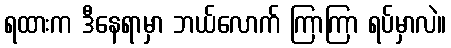
ရထားက ဒီနေရာမှာ ဘယ်လောက် ကြာကြာ ရပ်မှာလဲ။